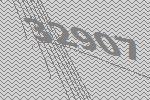
32907